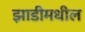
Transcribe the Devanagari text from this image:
झाडीमधील